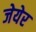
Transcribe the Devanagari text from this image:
जेयेर